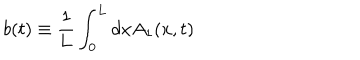
b ( t ) \equiv \frac { 1 } { 1 } { L } \int _ { 0 } ^ { \mathrm { L } } d x A _ { 1 } ( x , t )